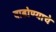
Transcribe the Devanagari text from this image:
वाढोण्याचे